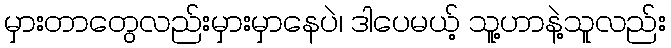
မှားတာတွေလည်းမှားမှာနေပဲ၊ ဒါပေမယ့် သူ့ဟာနဲ့သူလည်း